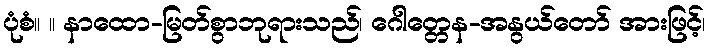
ပုံစံ။ ။ နာထော-မြတ်စွာဘုရားသည်၊ ဂေါတ္တေန-အနွယ်တော် အားဖြင့်၊